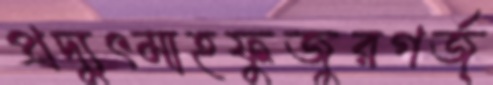
প্রদ্যুৎমাহফুজুরগর্জ্